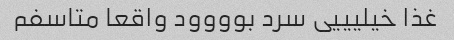
غذا خیلیییی سرد بوووود واقعا متاسفم